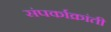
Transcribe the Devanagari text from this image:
संपर्काक्रांती